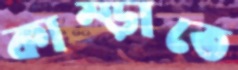
কাম্‌ড়াতে